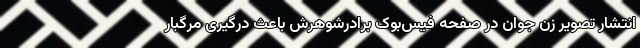
انتشار تصویر زن جوان در صفحه فیس‌بوک برادرشوهرش باعث درگیری مرگبار